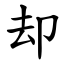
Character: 却